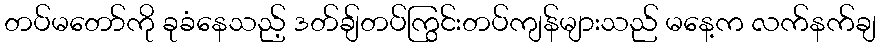
တပ်မတော်ကို ခုခံနေသည့် ဒတ်ချ်တပ်ကြွင်းတပ်ကျန်များသည် မနေ့က လက်နက်ချ